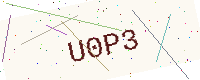
Text: U0P3